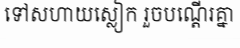
ទៅសហាយស្លៀក រួចបណ្តើរគ្នា